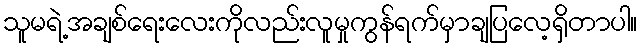
သူမရဲ့အချစ်ရေးလေးကိုလည်းလူမှုကွန်ရက်မှာချပြလေ့ရှိတာပါ။